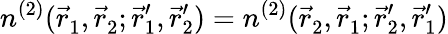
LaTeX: {n^{(2)}(\vec{r}_{1}^{\ },\vec{r}_{2}^{\ };\vec{r}_{1}^{\prime},\vec{r}_{2}^{\prime})=n^{(2)}(\vec{r}_{2}^{\ },\vec{r}_{1}^{\ };\vec{r}_{2}^{\prime},\vec{r}_{1}^{\prime})}